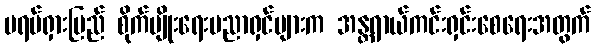
ပရပ်ရှားပြည် စိုက်ပျိုးရေးပညာရှင်များက အန္တရာယ်ကင်းရှင်းစေရေးအတွက်